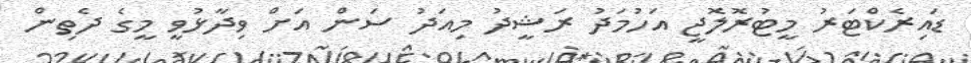
ޑައިރެކްޓަރު މީޓުރޮލޮޖީ އަހުމަދު ރަޝީދު މިއަދު ސަން އަށް ވިދާޅުވީ މީގެ ދެތިން